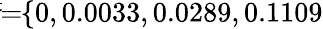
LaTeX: \! \! \! \overline{{\sigma}}\! \! =\! \! \{ 0,0.0033,0.0289,0.1109\} \! \! \!